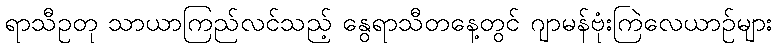
ရာသီဥတု သာယာကြည်လင်သည့် နွေရာသီတနေ့တွင် ဂျာမန်ဗုံးကြဲလေယာဉ်များ